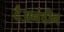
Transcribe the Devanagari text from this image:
दैअनंदीन